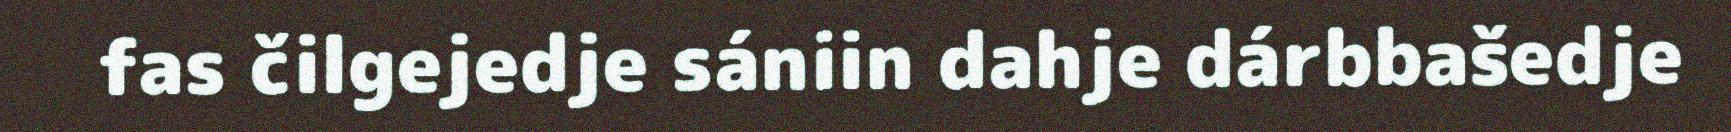
fas čilgejedje sániin dahje dárbbašedje